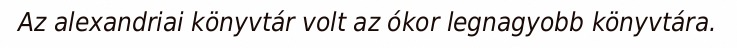
Az alexandriai könyvtár volt az ókor legnagyobb könyvtára.